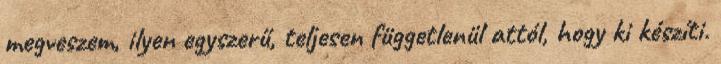
megveszem, ilyen egyszerű, teljesen függetlenül attól, hogy ki készíti.